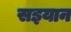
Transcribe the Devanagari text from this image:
सइयान